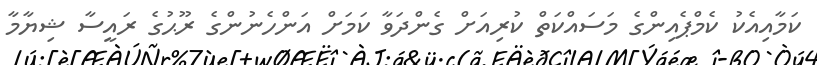
ކަމާއިއެކު ކެމްޕެއިންގެ މަސައްކަތް ކުރިއަށް ގެންދަވާ ކަމަށް އަންހެނުންގެ ރޫޙުގެ ރައީސާ ޝިޔާމާ